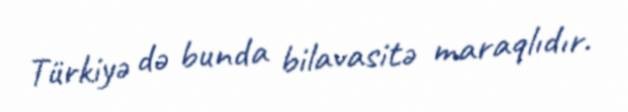
Türkiyə də bunda bilavasitə maraqlıdır.